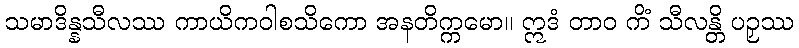
သမာဒိန္နသီလဿ ကာယိကဝါစသိကော အနတိက္ကမော။ ဣဒံ တာဝ ကိံ သီလန္တိ ပဉှဿ